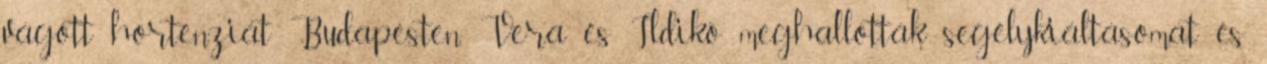
vágott hortenziát Budapesten. Vera és Ildikó meghallották segélykiáltásomat és